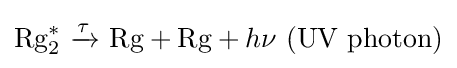
{\text{Rg}}_{2}^{*}\ {\xrightarrow[{}]{\tau }}\ {\text{Rg}}+{\text{Rg}}+h\nu \ {\text{(UV photon)}}